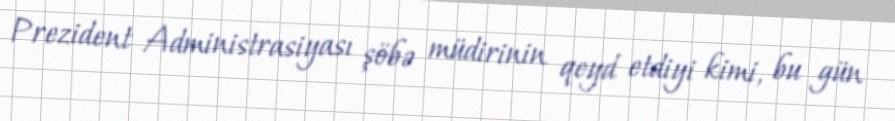
Prezident Administrasiyası şöbə müdirinin qeyd etdiyi kimi, bu gün